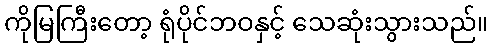
ကိုမြကြီးတော့ ရုံပိုင်ဘဝနှင့် သေဆုံးသွားသည်။